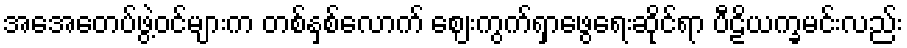
အေအေတပ်ဖွဲ့ဝင်များက တစ်နှစ်လောက် ဈေးကွက်ရှာဖွေရေးဆိုင်ရာ ပီဠိယက္ခမင်းလည်း